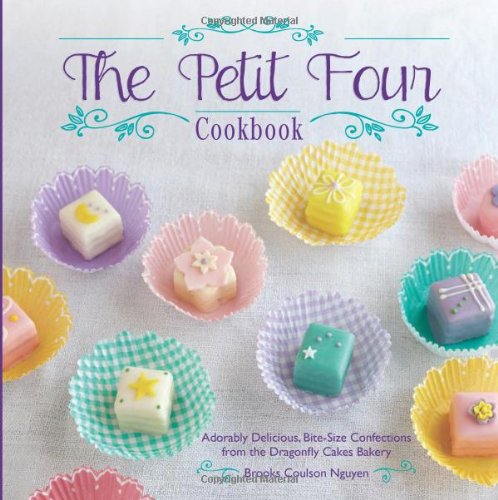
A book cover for The Petit Four Cookbook: Adorably Delicious, Bite-Size Confections from the Dragonfly Cakes Bakery; Brooks Coulson Nguyen; Cookbooks, Food & Wine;